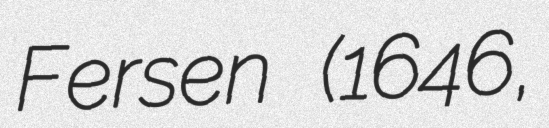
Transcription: Fersen (1646,